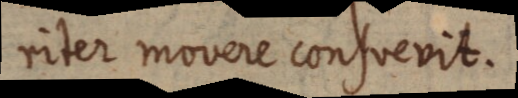
riter movere consvevit.